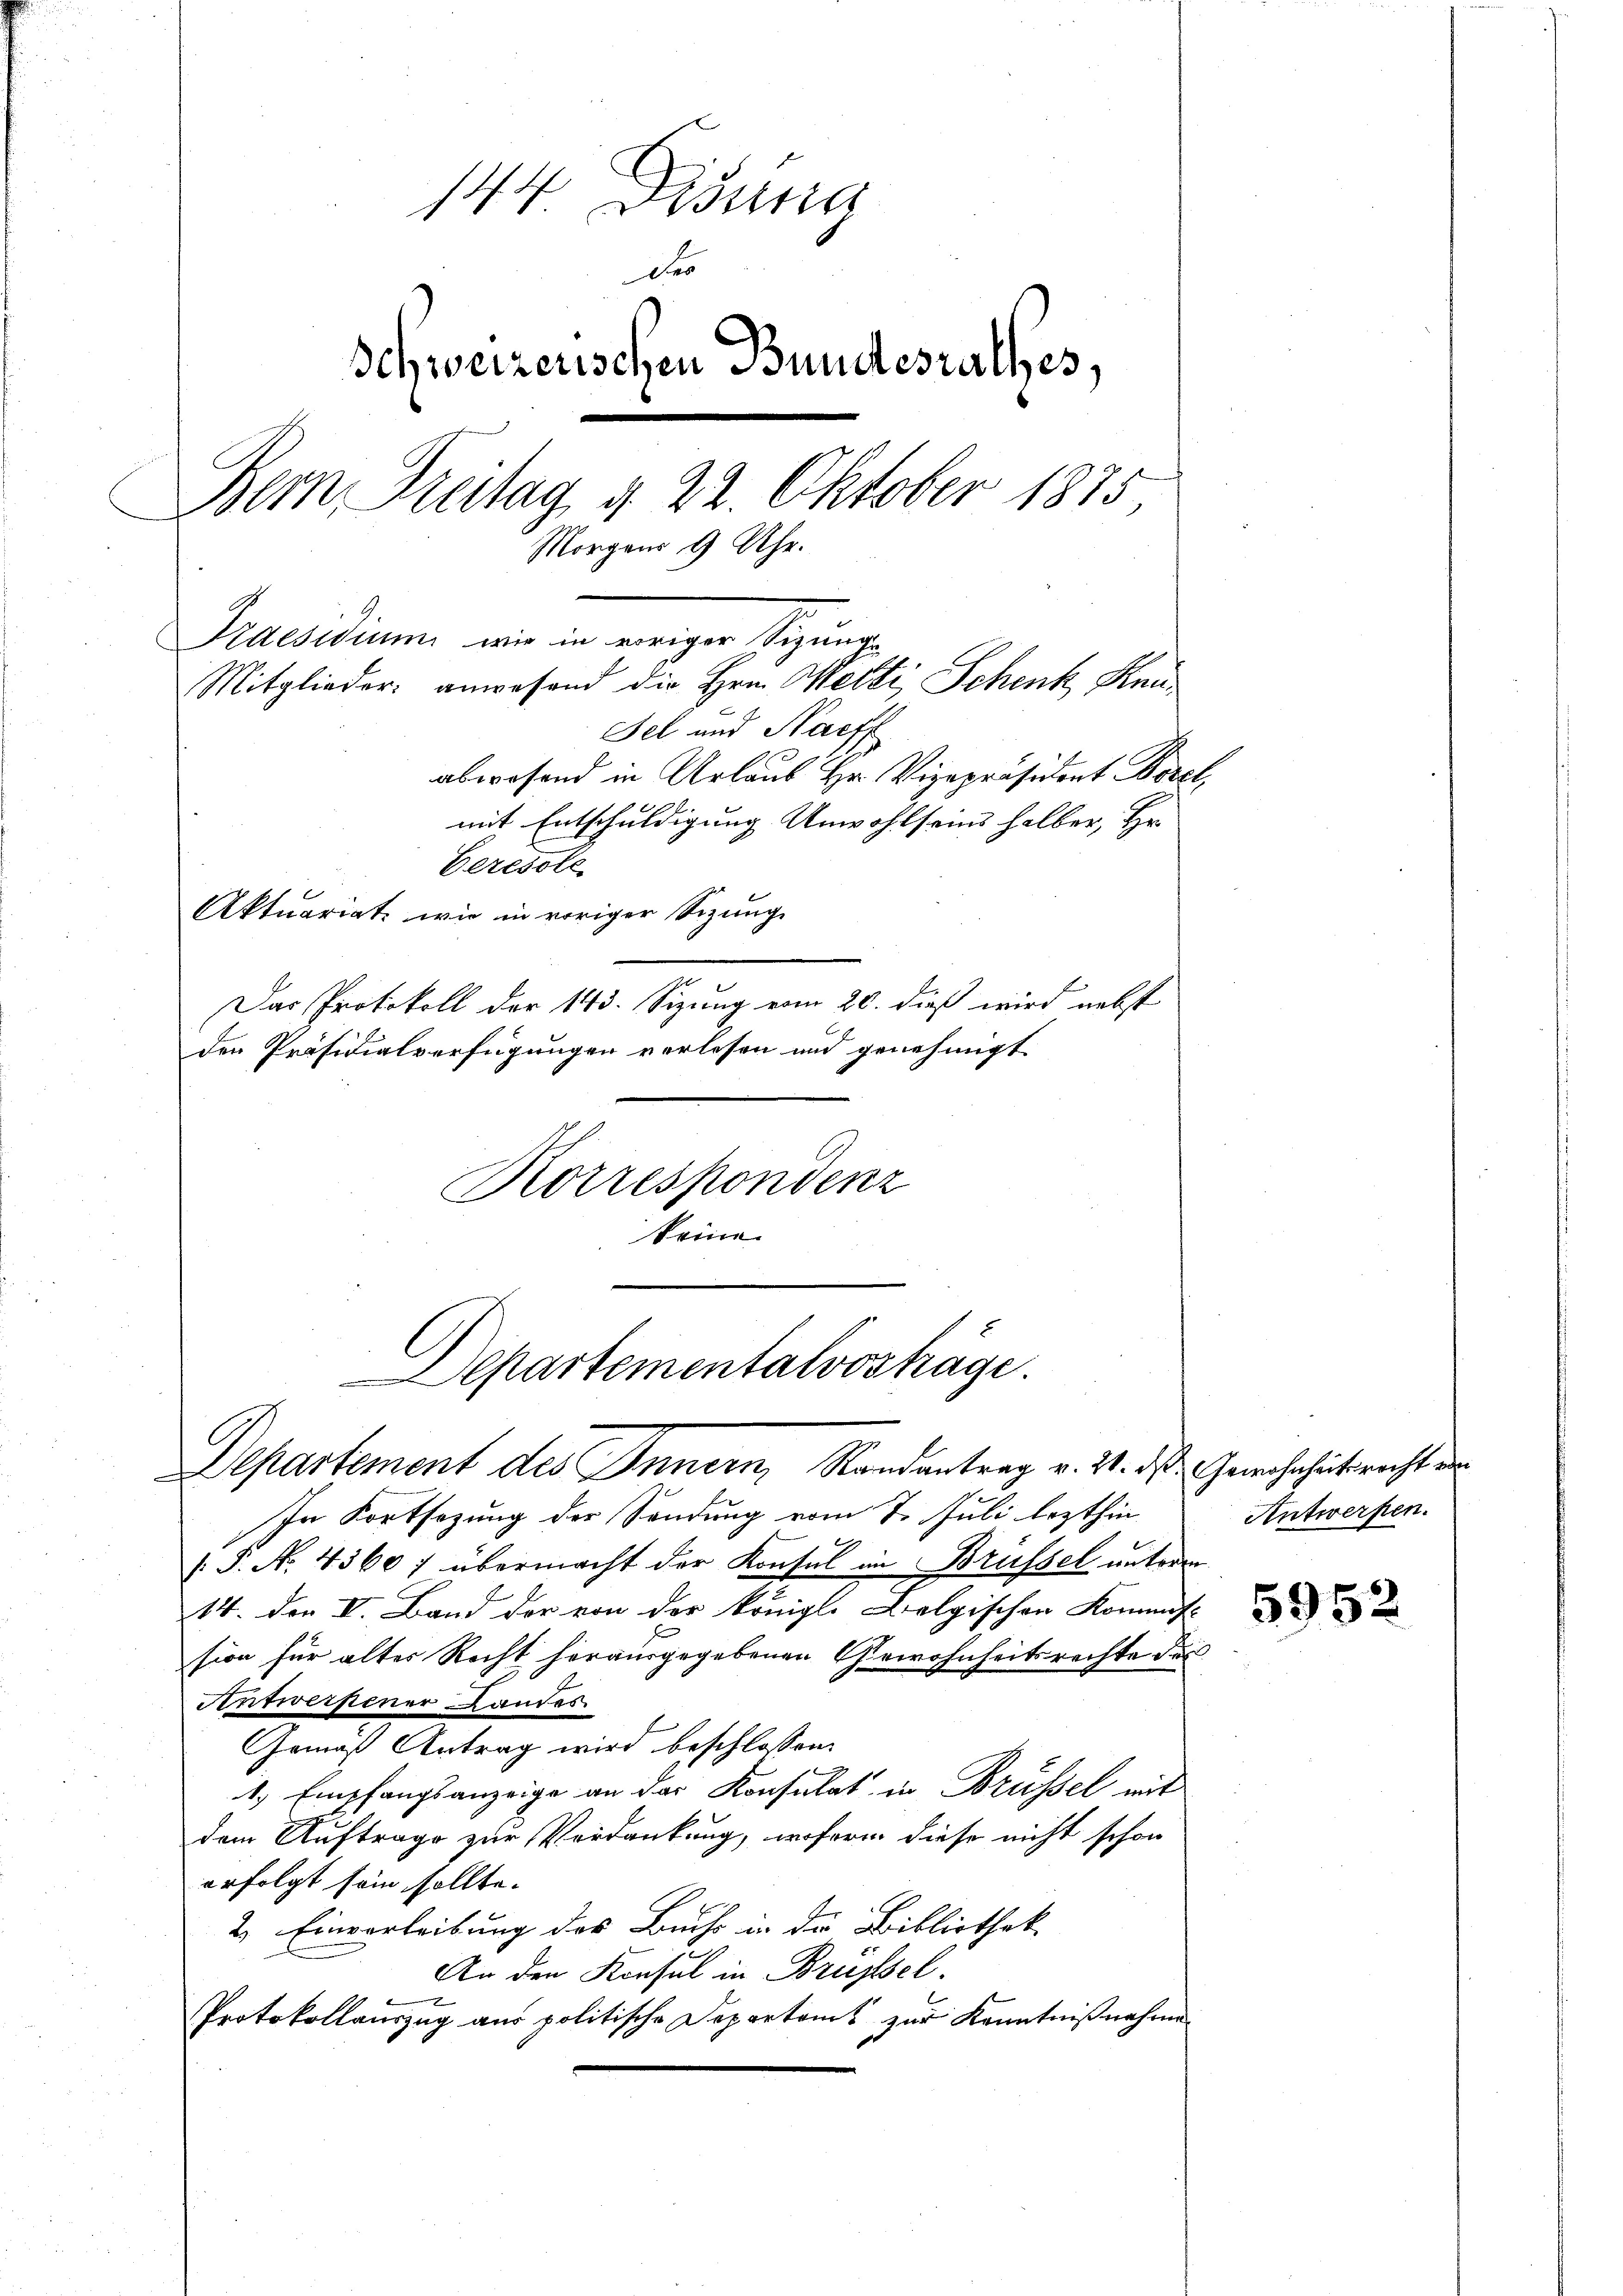
144 Disena
Der
Schweizerischen Bundesrathes,
Bemn Freitag 4. 22. Oktober 1875,
Morgens 9 Uhr.
Praesidium, wie in eiger Regunge
Mitglieder anwesend die Hrn. Metti Schenk Ken¬
Fel und Nachf
abwesend in Urlaub Hr. Vizepräsident Borel,
mit Entschuldigung Unwohlseins halber, Hr.
Ceresole
Aktuariat, wie in voriger Sizung
Das Protokoll der 143. Sizung vom 20. dieß wird nebst
den Präsidialverfügungen verlesen und genehmigt
Korrespondenz
keine

Departementalvostäge.
Departement des Innern, Randantrag v. 21. das Gewohnhüberecht den

In Fortsezung der Sendung vom 7. Juli lezthin
[P. No. 4360 f übermacht der Konsul im Brüssel unterm
14. der VV. Band der von der königl. Belgischen Kommiss
sion für alter Recht herausgegebenen Gewohnheitsrechte des
Antwerpener Landes.
Gemäß Antrag wird beschlossen:
1, Empfangsanzeige an der Konsulat in Brüssel mit
dem Auftrage zur Verdankung, wofern diese nicht schon
erfolgt sein sollte.
2. Einverleibung des Buchs in der Bibliothek
An den Konsul in Brüssel.
1
Protokollauszug aus politische Departamt zur Kenntnißnahme

Antwerfen.

5952